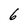
Character: 6